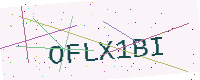
Text: OFLX1BI